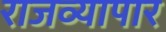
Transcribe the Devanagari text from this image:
राजव्यापार